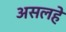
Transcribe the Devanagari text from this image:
असलहे